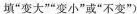
填”变大””变小”或”不变”)